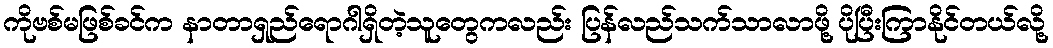
ကိုဗစ်မဖြစ်ခင်က နာတာရှည်ရောဂါရှိတဲ့သူတွေကလည်း ပြန်လည်သက်သာလာဖို့ ပိုပြီးကြာနိုင်တယ်လို့